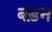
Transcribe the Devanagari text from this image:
बड़न